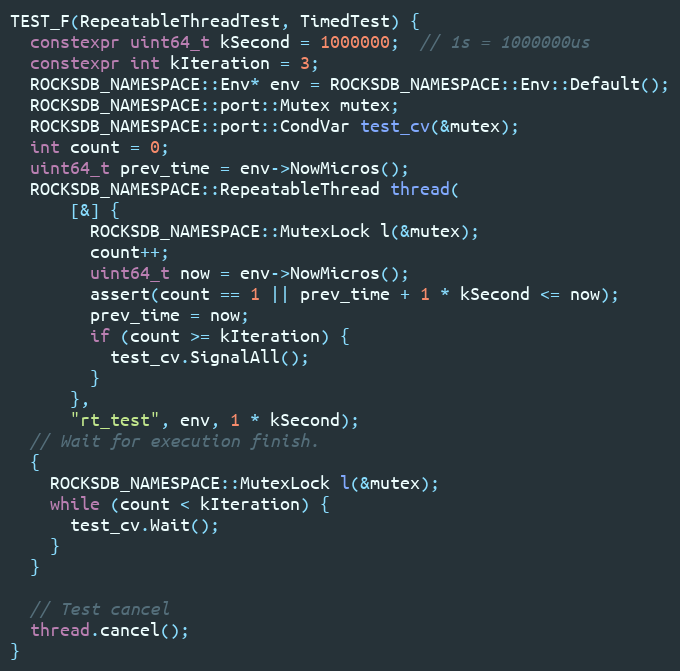
Language: C++
TEST_F(RepeatableThreadTest, TimedTest) {
  constexpr uint64_t kSecond = 1000000;  // 1s = 1000000us
  constexpr int kIteration = 3;
  ROCKSDB_NAMESPACE::Env* env = ROCKSDB_NAMESPACE::Env::Default();
  ROCKSDB_NAMESPACE::port::Mutex mutex;
  ROCKSDB_NAMESPACE::port::CondVar test_cv(&mutex);
  int count = 0;
  uint64_t prev_time = env->NowMicros();
  ROCKSDB_NAMESPACE::RepeatableThread thread(
      [&] {
        ROCKSDB_NAMESPACE::MutexLock l(&mutex);
        count++;
        uint64_t now = env->NowMicros();
        assert(count == 1 || prev_time + 1 * kSecond <= now);
        prev_time = now;
        if (count >= kIteration) {
          test_cv.SignalAll();
        }
      },
      "rt_test", env, 1 * kSecond);
  // Wait for execution finish.
  {
    ROCKSDB_NAMESPACE::MutexLock l(&mutex);
    while (count < kIteration) {
      test_cv.Wait();
    }
  }

  // Test cancel
  thread.cancel();
}